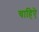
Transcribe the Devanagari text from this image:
चाहिऐ